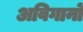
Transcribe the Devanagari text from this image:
अविगानों